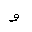
Letter: _waw